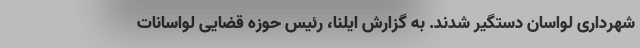
شهرداری لواسان دستگیر شدند. به گزارش ایلنا، رئیس حوزه قضایی لواسانات